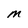
Character: M